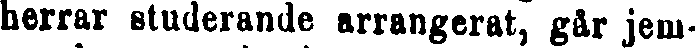
herrar studerande arrangerat, går jem-